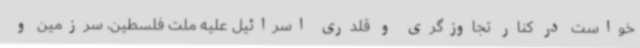
خواست در کنار تجاوزگری‌ و قلدری اسرائیل علیه ملت فلسطین، سرزمین و